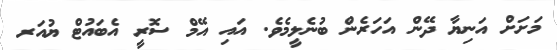
މަށަށް އަނިޔާ ދޭން އަހަރެން ބުނެލީމެވެ. އައި އޭމް ސޮރީ އެބައުޓް ޔުއަރ